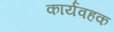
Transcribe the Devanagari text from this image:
कार्यवहक